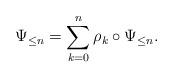
LaTeX: \begin{align*}\Psi_{\leq n} = \sum_{k=0}^n \rho_k \circ \Psi_{\leq n}.\end{align*}